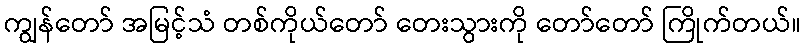
ကျွန်တော် အမြင့်သံ တစ်ကိုယ်တော် တေးသွားကို တော်တော် ကြိုက်တယ်။